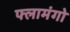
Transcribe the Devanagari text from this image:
फ्लामंगो